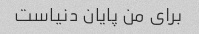
برای من پایان دنیاست